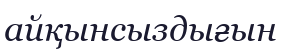
айқынсыздығын